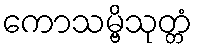
ကောသမ္ဗိသုတ္တံ